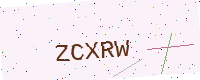
Text: ZCXRW